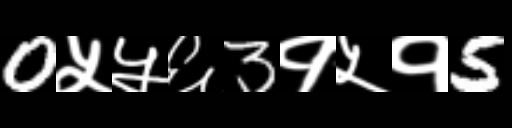
Text: 0५५६3१५१5